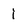
Character: i